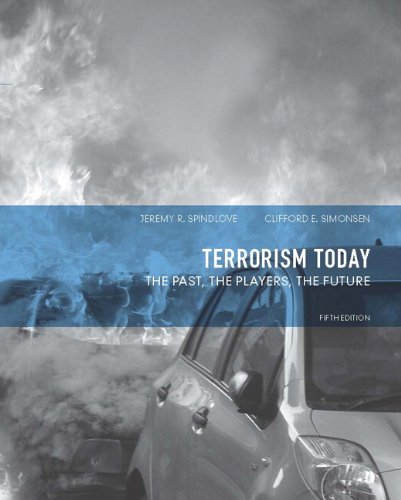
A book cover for Terrorism Today: The Past, The Players, The Future (5th Edition); Jeremy R. Spindlove; Law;